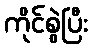
ကိုင်စွဲပြီး